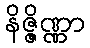
နိဇ္ဇိဏ္ဏာ